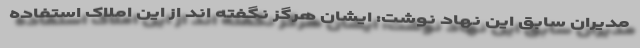
مدیران سابق این نهاد نوشت: ایشان هرگز نگفته اند از این املاک استفاده